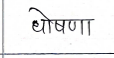
मजकूर: धोषणा